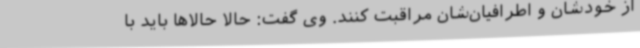
از خودشان و اطرافیان‌شان مراقبت کنند. وی گفت: حالا حالاها باید با